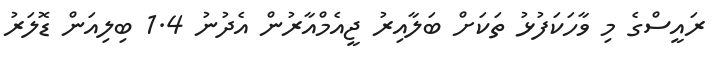
ރައީސްގެ މި ވާހަކަފުޅު ތަކަށް ބަލާއިރު ޖީއެމްއާރުން އެދުނު 1.4 ބިލިއަން ޑޮލަރު